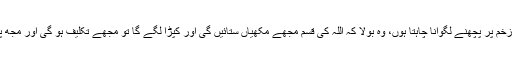
سیدنا جابرؓ نے کہا کہ میں اس زخم پر پچھنے لگوانا چاہتا ہوں، وہ بولا کہ اللہ کی قسم مجھے مکھیاں ستائیں گی اور کپڑا لگے گا تو مجھے تکلیف ہو گی اور مجھ پر بہت سخت (وقت) گزرے گا۔